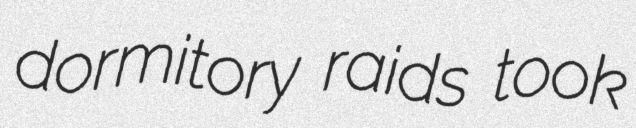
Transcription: dormitory raids took